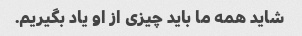
شاید همه ما باید چیزی از او یاد بگیریم.